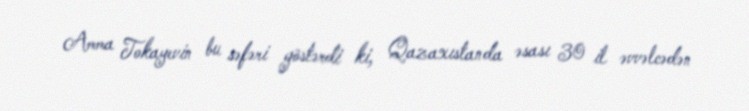
Amma Tokayevin bu səfəri göstərdi ki, Qazaxıstanda əsası 30 il əvvəlcədən